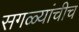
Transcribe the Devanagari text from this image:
सगळ्यांचीच